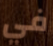
في